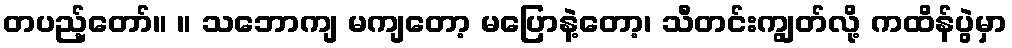
တပည့်တော်။ ။ သဘောကျ မကျတော့ မပြောနဲ့တော့၊ သီတင်းကျွတ်လို့ ကထိန်ပွဲမှာ